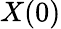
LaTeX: X(0)